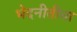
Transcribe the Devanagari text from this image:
भेदनीतीचा